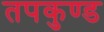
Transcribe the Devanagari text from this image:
तपकुण्ड